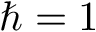
\hbar = 1